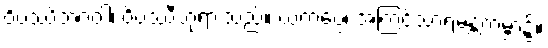
ဝိပဿိဘဂဝါ၊ ဝိပဿီဘုရားသည်။ ယကပ္ပေ၊ အကြင်သာရမန္တကမ္ဘာ၌။